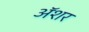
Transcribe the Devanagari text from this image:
अॅशर